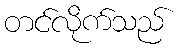
တင်လိုက်သည်